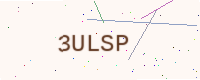
Text: 3ULSP